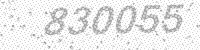
Solution: 830055